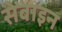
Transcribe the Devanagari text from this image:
सेबाइन